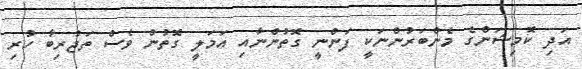
އަދި ކޮމިޝަންގެ މެންބަރުންނަކީ ފަންނީ ގޮތުންނާއި އަމަލީ ގޮތުން ވެސް ތަޖުރިބާ ހުރި